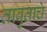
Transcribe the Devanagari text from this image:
ताबुताचे